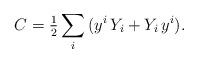
LaTeX: \begin{align*}C=\tfrac12\sum_{i}{(y^i\,Y_i+Y_i\,y^i)}.\end{align*}